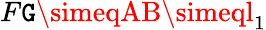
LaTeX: F\mathtt{G}\simeqAB\simeql_{1}